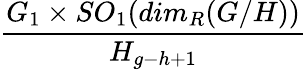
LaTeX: \frac{G_{1}\times SO_{1}(dim_{R}(G/H))}{H_{g-h+1}}